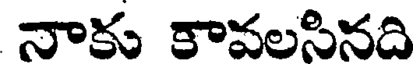
నాకు కావలసినది